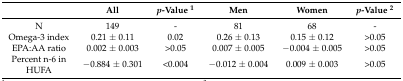
|  | All | p-Value 1 | Men | Women | p-Value 2 |
 | --- | --- | --- | --- | --- | --- |
 | N | 149 | - | 81 | 68 | - |
 | Omega-3 index | 0.21 ± 0.11 | 0.02 | 0.26 ± 0.13 | 0.15 ± 0.12 | >0.05 |
 | EPA:AA ratio | 0.002 ± 0.003 | >0.05 | 0.007 ± 0.005 | −0.004 ± 0.005 | >0.05 |
 | Percent n-6 in HUFA | −0.884 ± 0.301 | <0.004 | −0.012 ± 0.004 | 0.009 ± 0.003 | >0.05 |